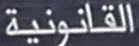
القانونية